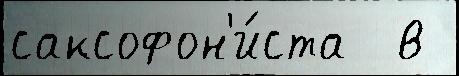
саксофон'и́ста  в